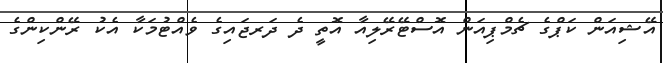
އޭޝިއަން ކަޕްގެ ޗެމްޕިއަން އޮސްޓޭރޭލިއާ އޮތީ ދެ ދަރޖައިގެ ވެއްޓުމަކާ އެކު ރޭންކިންގެ